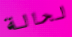
لحالة